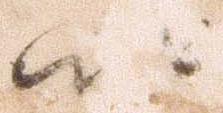
以